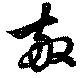
敬